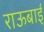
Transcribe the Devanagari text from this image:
राऊबाई